Source: Handwritten
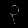
Digit: ၃ (3)